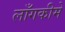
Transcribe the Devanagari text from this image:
लाँगकीमे